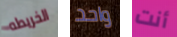
الخريطه واحد أنت